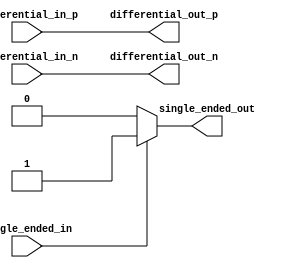
module IO_Differential_Buffer (
  input wire differential_in_p,
  input wire differential_in_n,
  input wire single_ended_in,
  output reg differential_out_p,
  output reg differential_out_n,
  output reg single_ended_out
);

// Differential amplifier configuration
assign differential_out_p = differential_in_p;
assign differential_out_n = differential_in_n;

// Signal conditioning logic for single-ended input
always @ (single_ended_in)
begin
  if (single_ended_in == 1'b1)
    single_ended_out = 1'b1;
  else
    single_ended_out = 1'b0;
end

// Protection circuitry for overvoltage and overcurrent conditions
// Add your protection code here

endmodule